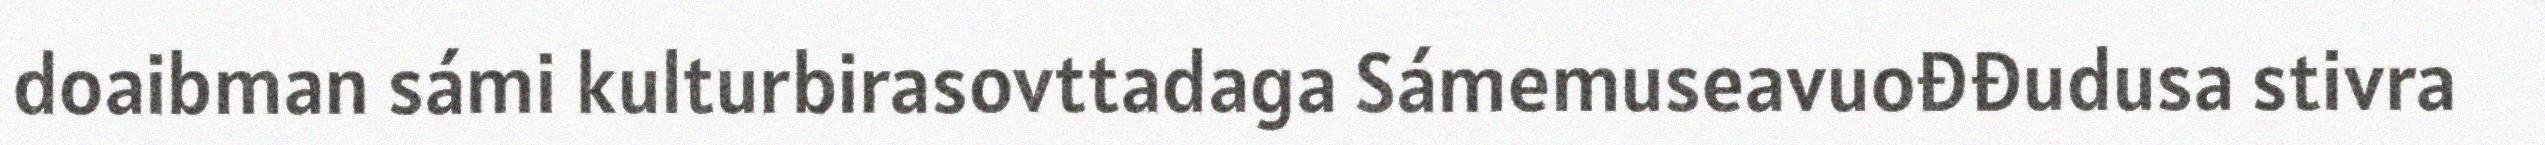
doaibman sámi kulturbirasovttadaga Sámemuseavuođđudusa stivra